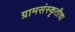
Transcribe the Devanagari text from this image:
ग्रामसंस्कृतीचा